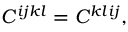
C ^ { i j k l } = C ^ { k l i j } ,